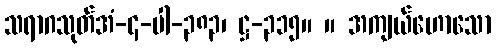
သရာဂသုတ်အံ-၄-ပါ-၃၈၃၊ ဋ္ဌ-၃၁၅။ ။ အကျယ်ဟောသော